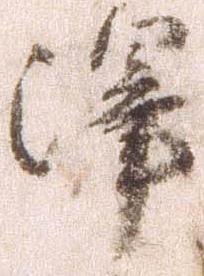
沢